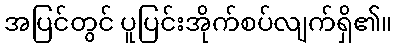
အပြင်တွင် ပူပြင်းအိုက်စပ်လျက်ရှိ၏။